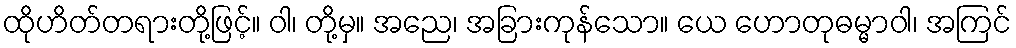
ထိုဟိတ်တရားတို့ဖြင့်။ ဝါ၊ တို့မှ။ အညေ၊ အခြားကုန်သော။ ယေ ဟောတုဓမ္မာဝါ၊ အကြင်